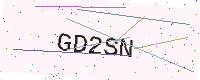
Text: GD2SN